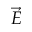
\vec { E }